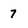
Character: 7